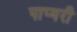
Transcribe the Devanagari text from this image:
पाप्यरी